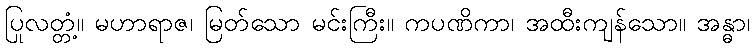
ပြုလတ္တံ့။ မဟာရာဇ၊ မြတ်သော မင်းကြီး။ ကပဏိကာ၊ အထီးကျန်သော။ အန္ဓာ၊